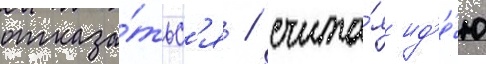
отказа́тьс'я / счита́я ид'е́ю